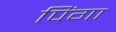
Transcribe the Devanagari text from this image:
पिंगा